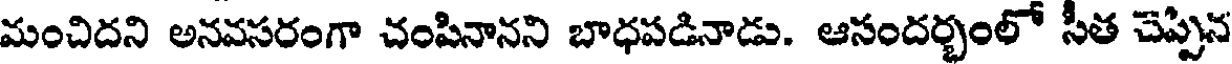
మంచిదని అనవసరంగా చంపినానని బాధపడినాడు. ఆసందర్భంలో సీత చెప్పిన